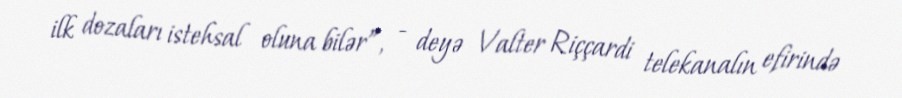
ilk dozaları istehsal oluna bilər”, - deyə Valter Riççardi telekanalın efirində